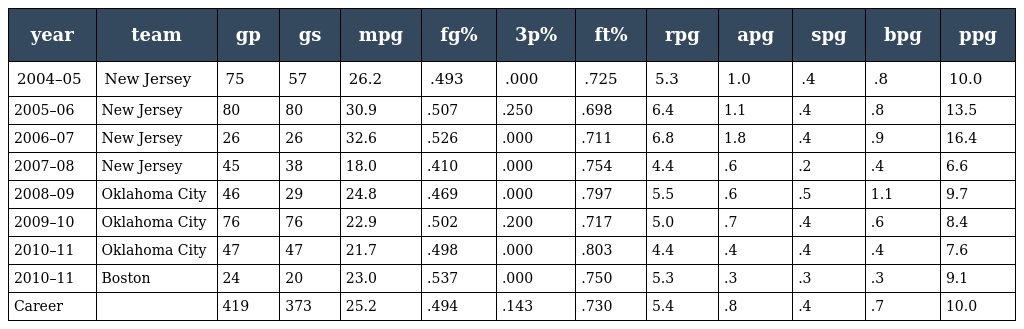
| year | team | gp | gs | mpg | fg% | 3p% | ft% | rpg | apg | spg | bpg | ppg |
 | --- | --- | --- | --- | --- | --- | --- | --- | --- | --- | --- | --- | --- |
 | 2004–05 | New Jersey | 75 | 57 | 26.2 | .493 | .000 | .725 | 5.3 | 1.0 | .4 | .8 | 10.0 |
 | 2005–06 | New Jersey | 80 | 80 | 30.9 | .507 | .250 | .698 | 6.4 | 1.1 | .4 | .8 | 13.5 |
 | 2006–07 | New Jersey | 26 | 26 | 32.6 | .526 | .000 | .711 | 6.8 | 1.8 | .4 | .9 | 16.4 |
 | 2007–08 | New Jersey | 45 | 38 | 18.0 | .410 | .000 | .754 | 4.4 | .6 | .2 | .4 | 6.6 |
 | 2008–09 | Oklahoma City | 46 | 29 | 24.8 | .469 | .000 | .797 | 5.5 | .6 | .5 | 1.1 | 9.7 |
 | 2009–10 | Oklahoma City | 76 | 76 | 22.9 | .502 | .200 | .717 | 5.0 | .7 | .4 | .6 | 8.4 |
 | 2010–11 | Oklahoma City | 47 | 47 | 21.7 | .498 | .000 | .803 | 4.4 | .4 | .4 | .4 | 7.6 |
 | 2010–11 | Boston | 24 | 20 | 23.0 | .537 | .000 | .750 | 5.3 | .3 | .3 | .3 | 9.1 |
 | Career |  | 419 | 373 | 25.2 | .494 | .143 | .730 | 5.4 | .8 | .4 | .7 | 10.0 |